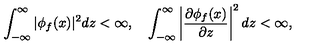
\int _ { - \infty } ^ { \infty } | \phi _ { f } ( x ) | ^ { 2 } d z < \infty , \quad \int _ { - \infty } ^ { \infty } \left| \frac { \partial \phi _ { f } ( x ) } { \partial z } \right| ^ { 2 } d z < \infty ,